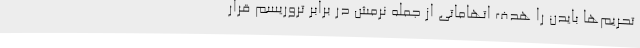
تحریم‌ها بایدن را هدف اتهاماتی از جمله نرمش در برابر تروریسم قرار